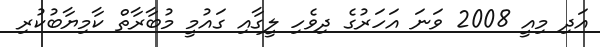
އަދި މިއީ 2008 ވަނަ އަހަރުގެ ދިވެހި ލީގާއި ގައުމީ މުބާރާތް ކާމިޔާބުކުރި